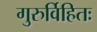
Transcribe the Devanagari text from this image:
गुरुर्विहितः